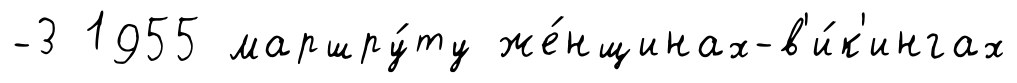
-3 1955 маршру́ту же́нщинах-в'и́к'ингах